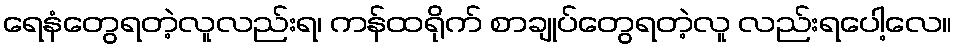
ရေနံတွေရတဲ့လူလည်းရ၊ ကန်ထရိုက် စာချုပ်တွေရတဲ့လူ လည်းရပေါ့လေ။